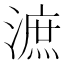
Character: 㵂